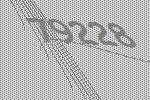
79228